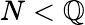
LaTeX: N<\mathbb{Q}